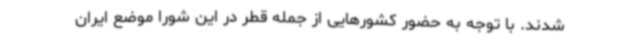
شدند. با توجه به حضور کشورهایی از جمله قطر در این شورا موضع ایران